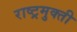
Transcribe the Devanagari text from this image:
राष्ट्रमुक्ती